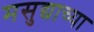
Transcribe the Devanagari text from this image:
मसुद्याच्या